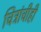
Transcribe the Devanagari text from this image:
चित्रांचीही